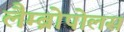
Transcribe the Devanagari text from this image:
लैम्ब्रोपोलस